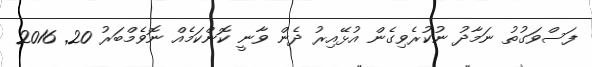
ފަސްވަގުތު ނަމާދު ނުކުރެވިގެން އުޅޭއިރު ދެން ވާނީ ކޮންކަމެއް ނޮވެމްބަރު 20